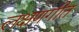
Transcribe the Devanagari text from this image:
लक्षणगीत